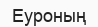
Еуроның